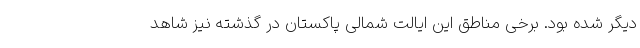
دیگر شده بود. برخی مناطق این ایالت شمالی پاکستان در گذشته نیز شاهد